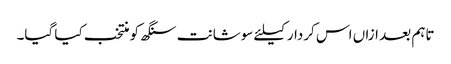
تاہم بعد ازاں اس کردار کیلئے سوشانت سنگھ کو منتخب کیا گیا۔